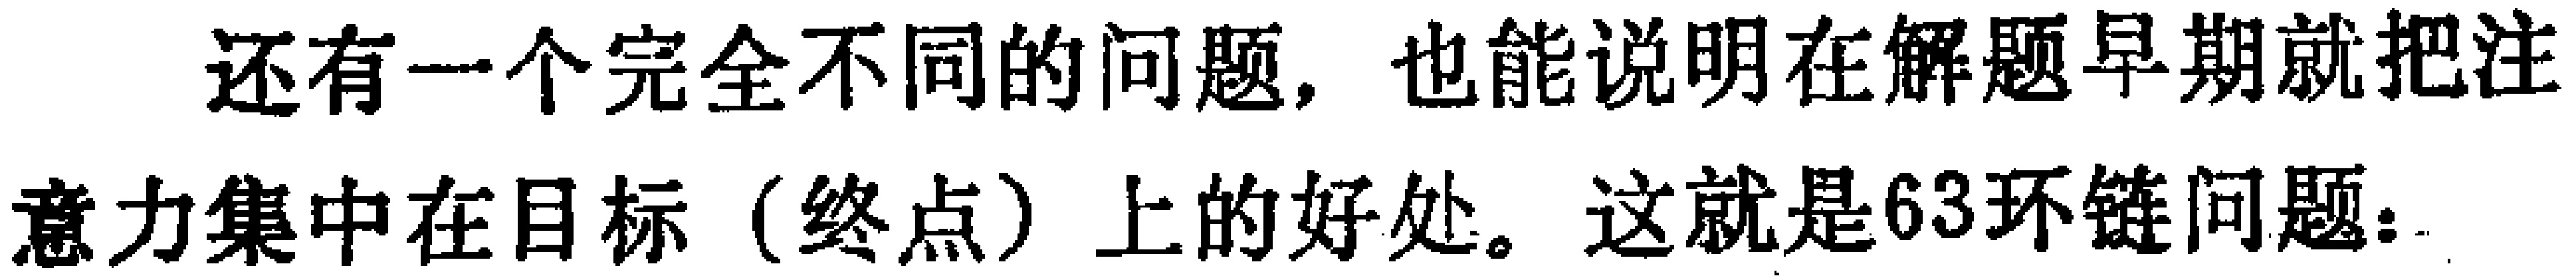
还有一个完全不同的问题，也能说明在解题早期就把注意力集中在目标（终点）上的好处。这就是63环链问题：